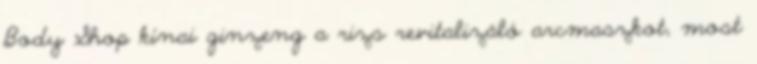
Body Shop kínai ginzeng a rizs revitalizáló arcmaszkot, most